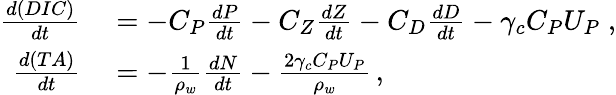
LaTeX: \begin{array}{rl}{\frac{d(DIC)}{dt}}&{{}=-C_{P}\frac{dP}{dt}-C_{Z}\frac{dZ}{dt}-C_{D}\frac{dD}{dt}-\gamma_{c}C_{P}U_{P}\; ,}\\ {\frac{d(TA)}{dt}}&{{}=-\frac{1}{\rho_{w}}\frac{dN}{dt}-\frac{2\gamma_{c}C_{P}U_{P}}{\rho_{w}}\, ,}\end{array}